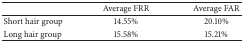
<table><thead><tr><td><b> </b></td><td><b>Average FRR </b></td><td><b>Average FAR </b></td></tr></thead><tbody><tr><td>Short hair group</td><td>14.55%</td><td>20.10%</td></tr><tr><td>Long hair group</td><td>15.58%</td><td>15.21%</td></tr></tbody></table>